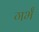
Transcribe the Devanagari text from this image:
गर्भं